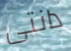
دانتى